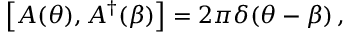
\left[ A ( \theta ) , A ^ { \dagger } ( \beta ) \right] = 2 \pi \delta ( \theta - \beta ) \, ,